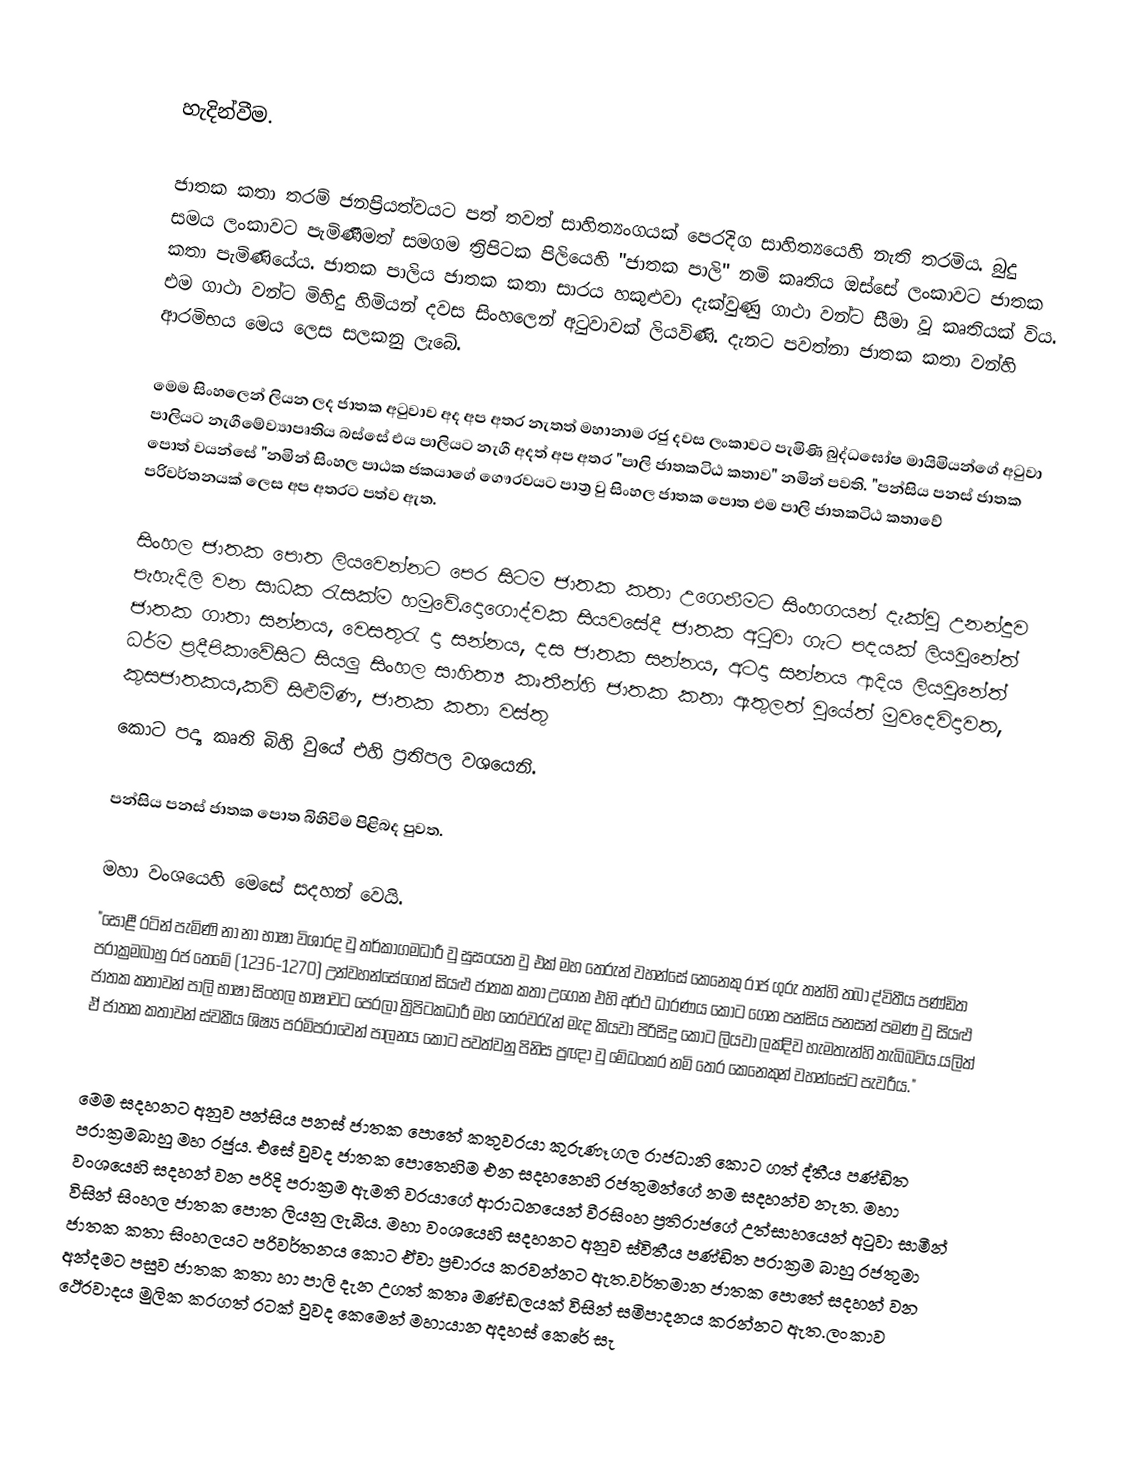

හැදින්වීම.

ජාතක කතා තරම් ජනප්‍රියත්වයට පත් තවත් සාහිත්‍යංගයක් පෙරදිග සාහිත්‍යයෙහි නැති තරමිය. බුදු සමය ලංකාවට පැමිණීමත් සමගම ත්‍රිපිටක පිලියෙහි "ජාතක පාලි" නමි කෘතිය ඔස්සේ ලංකාවට ජාතක කතා පැමිණියේය. ජාතක පාලිය ජාතක කතා සාරය හකුළුවා දැක්වුණු ගාථා වන්ට සීමා වූ කෘතියක් විය. එම ගාථා වන්ට මිහිදු හිමියන් දවස සිංහලෙන් අටුවාවක් ලියවිණි. දැනට පවත්නා ජාතක කතා වන්හි ආරමිභය මෙය ලෙස සලකනු ලැබේ.

මෙම සිංහලෙන් ලියන ලද ජාතක අටුවාව අද අප අතර නැතත් මහානාම රජු දවස ලංකාවට පැමිණි බුද්ධඝෝෂ මායිමියන්ගේ අටුවා පාලියට නැගීමේව්‍යාපෘතිය බස්සේ එය පාලියට නැගී අදත් අප අතර "පාලි ජාතකටිඨ කතාව" නමින් පවති. "පන්සිය පනස් ජාතක පොත් වයන්සේ "නමින් සිංහල පාඨක ජකයාගේ ගෞරවයට පාත්‍ර වු සිංහල ජාතක පොත එම පාලි ජාතකටිඨ කතාවේ පරිවර්තනයක් ලෙස අප අතරට පත්ව ඇත.

සිංහල ජාතක පොත ලියවෙන්නට පෙර සිටම ජාතක කතා උගෙනීමට සිංහගයන් දැක්වු උනන්දුව පැහැදිලි වන සාධක රැසක්ම හමුවේ.දොගොද්වක සියවසේදී ජාතක අටුවා ගැට පදයක් ලියවුනේත් ජාතක ගාතා සන්නය, වෙසතුරැ දා සන්නය, දස ජාතක සන්නය, අටදා සන්නය ආදිය ලියවුනේත් ධර්ම ප්‍රදීපිකාවේසිට සියලු සිංහල සාහිත්‍ය කෘතීන්හි ජාතක කතා ඇතුලත් වුයේත් මුවදෙවිදාවත, කුසජාතකය,කවි සිළුමිණ, ජාතක කතා වස්තු
කොට පද්‍ය කෘති බිහි වුයේ එහි ප්‍රතිපල වශයෙනි.

පන්සිය පනස් ජාතක පොත බිහිවිම පිළිබද පුවත.

මහා වංශයෙහි මෙසේ සදහන් වෙයි.
"සොළී රටින් පැමිණි නා නා භාෂා විශාරද වු තර්කාගමධාරී වු සුසංයත වු එක් මහ තෙරුන් වහන්සේ  කෙනෙකු රාජ ගුරු තන්හි තබා ද්විතීය පණ්ඩිත පරාක්‍රමබාහු රජ තෙමේ (1236-1270) උන්වහන්සේගෙන් සියළු ජාතක කතා උගෙන එහි අර්ථ ධාරණය කොට ගෙන පන්සිය පනසන් පමණ වු සියළු ජාතක කතාවන් පාලි භාෂා  සිංහල භාෂාවට පෙරලා ත්‍රිපිටකධාරී මහ තෙරවරැන් මැද කියවා පිරිසිදු කොට ලියවා ලක්දිව හැමතැන්හි තැබිබවිය.යලිත් ඒ ජාතක කතාවන්  ස්වකීය ශිෂ්‍ය පරමිපරාවෙන් පාලනය කොට පවත්වනු පිනිස ප්‍රඥා වු මේධංකර නමි තෙර කෙනෙකුන් වහන්සේට   පැවරීය."

මෙම සදහනට අනුව පන්සිය පනස් ජාතක පොතේ කතුවරයා කුරුණෑගල රාජධානි කොට ගත් ද්තීය පණ්ඩිත පරාක්‍රමබාහු මහ රජුය. එසේ වුවද ජාතක පොතෙහිම එන සදහනෙහි රජතුමන්ගේ නම සදහන්ව නැත. මහා වංශයෙහි සදහන් වන පරිදි  පරාක්‍රම ඇමති වරයාගේ ආරාධනයෙන් වීරසිංහ ප්‍රතිරාජගේ උත්සාහයෙන් අටුවා සාමීන් විසින් සිංහල ජාතක පොත ලියනු ලැබිය. මහා වංශයෙහි සදහනට අනුව ස්විතීය පණ්ඩිත පරාක්‍රම බාහු රජතුමා ජාතක කතා සිංහලයට පරිවර්තනය කොට ඒවා ප්‍රචාරය කරවන්නට ඇත.වර්තමාන ජාතක පොතේ සදහන් වන අන්දමට පසුව ජාතක කතා හා පාලි දැන උගත් කතෘ මණ්ඩලයක් විසින් සමිපාදනය කරන්නට ඇත.ලංකාව ථේරවාදය මුලික කරගත් රටක් වුවද කෙමෙන් මහායාන අදහස් කෙරේ සැ